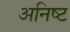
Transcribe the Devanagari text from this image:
अनिष्‍ट